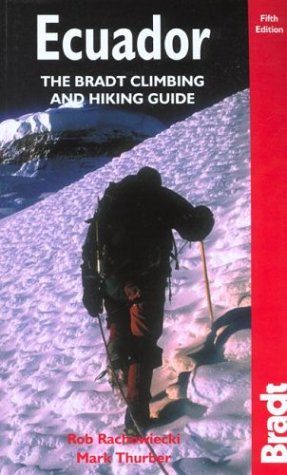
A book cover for Ecuador, 5th: Climbing & Hiking; Rob Rachowiecki; Travel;